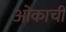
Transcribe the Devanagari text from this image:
ओकाची